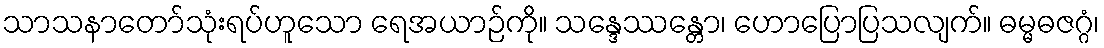
သာသနာတော်သုံးရပ်ဟူသော ရေအယာဉ်ကို။ သန္ဒေဿန္တော၊ ဟောပြောပြသလျက်။ ဓမ္မဓဇဂ္ဂံ၊